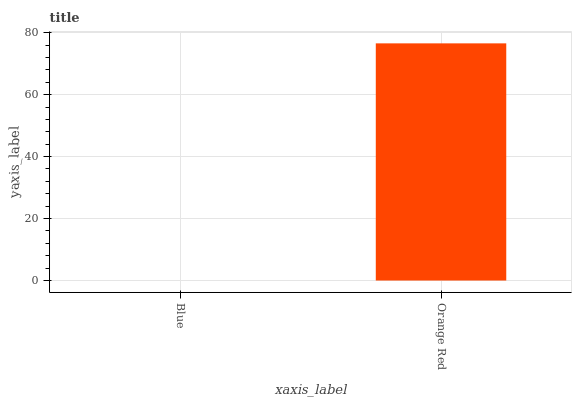
| xaxis_label | bars |
 | --- | --- |
 | Blue | 0 |
 | Orange Red | 76.5 |